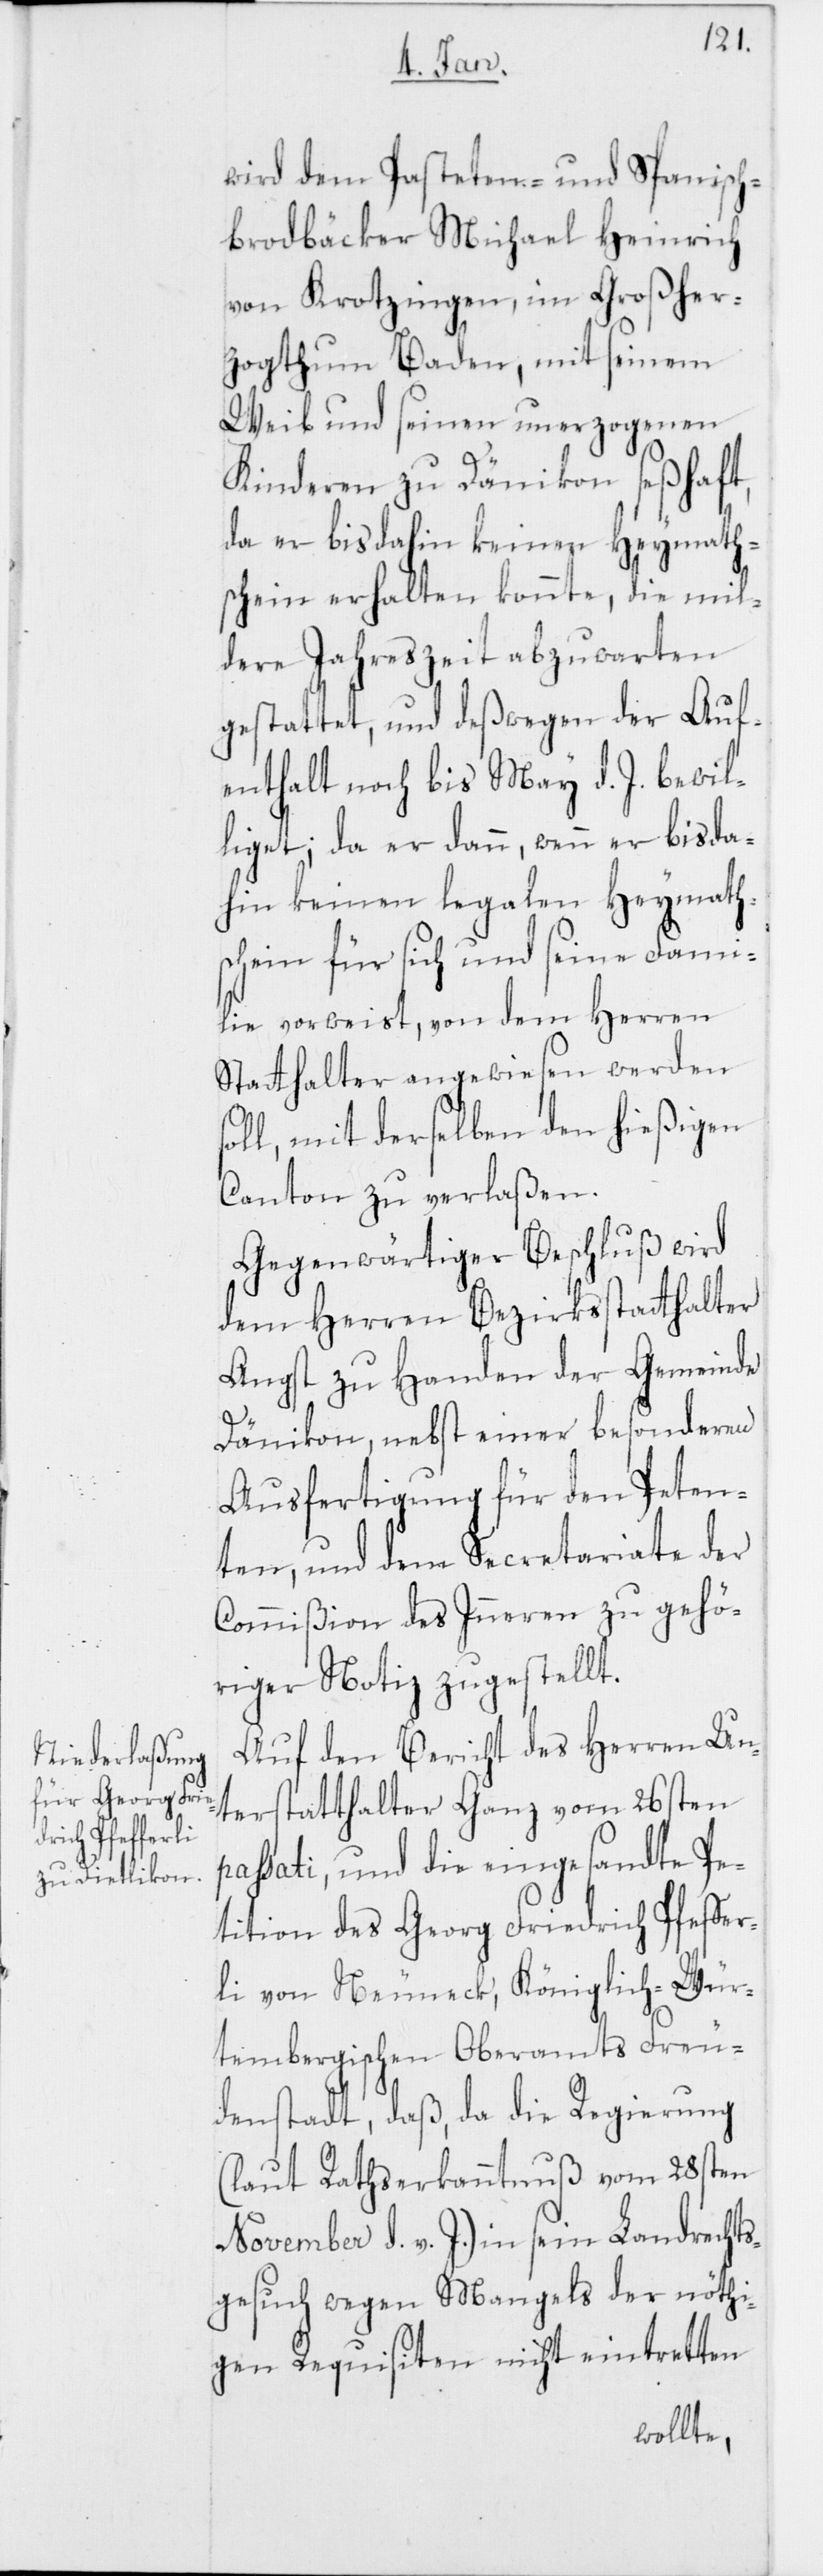
wird dem Pasteten- und Spanisch¬
brodbäcker Michael Heinrich
von Krotzingen, im Großher¬
zogthum Baden, mit seinem
Weib und seinen unerzogenen
Kinderen zu Dänikon seßhaft,
da er bis dahin keinen Heymath¬
schein erhalten konnte, die mil¬
dere Jahreszeit abzuwarten
gestattet, und deßwegen der Auf¬
enthalt noch bis May d. J. bewil¬
liget; da er dann, wenn er bis da¬
hin keinen legalen Heymaths¬
chein für sich und seine Fami¬
lie vorweist, von dem Herren
Statthalter angewiesen werden s¬
oll, mit derselben den hießigen
Canton zu verlaßen.
Gegenwärtiger Beschluß wird
dem Herren Bezirksstatthalter
Angst zu Handen der Gemeinde
Dänikon, nebst einer besonderen
Ausfertigung für den Peten¬
ten, und dem Secretariate der
Commißion des Inneren zu gehö¬
riger Notiz zugestellt.
Auf den Bericht des Herren Un¬
terstatthalter Ganz vom 26ten
passati, und die eingesandte Pe¬
tition des Georg Friedrich Pfeffer¬
li von Neuneck, Königlich- Wür¬
tembergischen Oberamts Freu¬
denstadt, daß, da die Regierung
(laut Rathserkanntnuß vom 28ten
November d. v. J.) in sein Landrechts¬
gesuch wegen Mangels der nöthi¬
gen Requisiten nicht eintretten